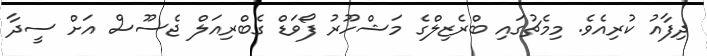
ދިފާއު ކުރިއެވެ. މިމެޗުގައި ބްރެޒިލްގެ މަޝްހޫރު ފޯވަޑް ގެބްރިއަލް ޖެސޫސް އަށް ސީދާ